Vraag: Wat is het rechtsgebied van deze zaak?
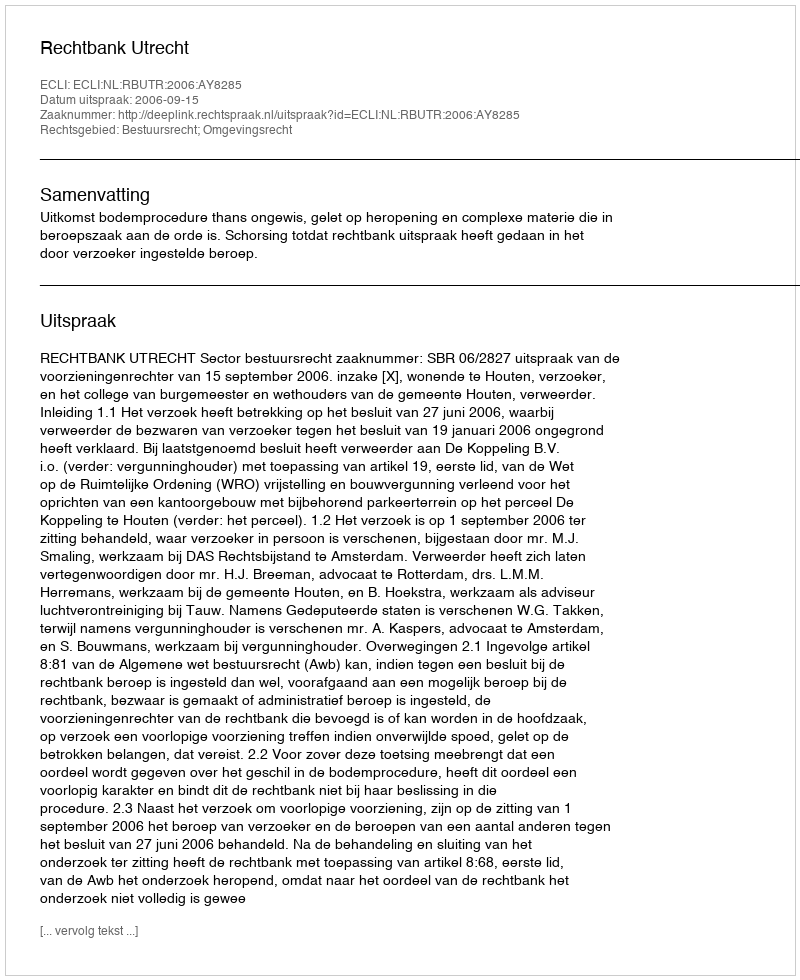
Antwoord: Bestuursrecht; Omgevingsrecht